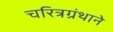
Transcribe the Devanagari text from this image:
चरित्रग्रंथाने